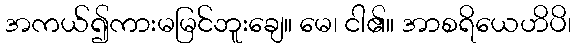
အကယ်၍ကားမမြင်ဘူးချေ။ မေ၊ ငါ၏။ အာစရိယေဟိပိ၊